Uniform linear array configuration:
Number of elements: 32
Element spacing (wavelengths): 0.5
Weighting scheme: uniform
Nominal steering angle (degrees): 60
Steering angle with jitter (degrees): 58.722
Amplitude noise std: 0.05
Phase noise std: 0.05

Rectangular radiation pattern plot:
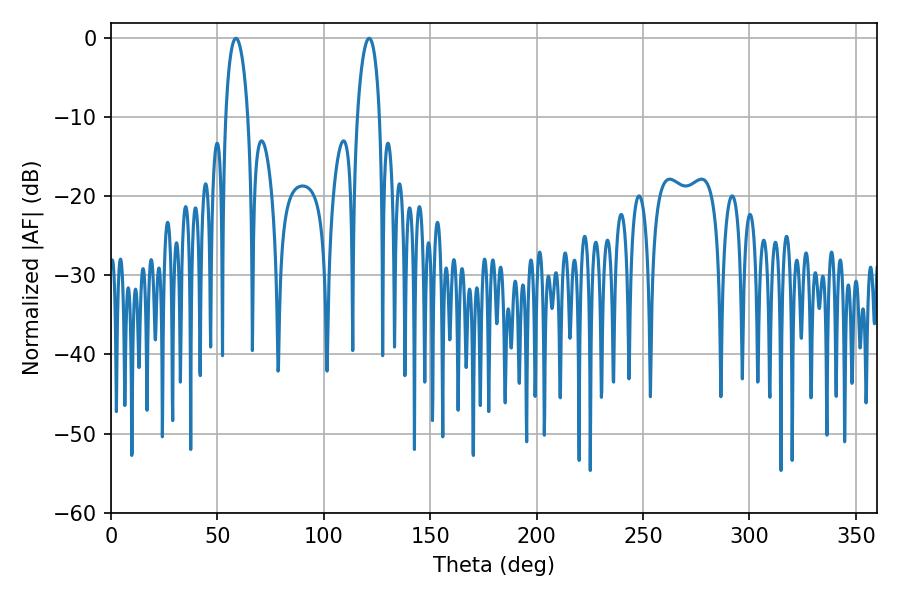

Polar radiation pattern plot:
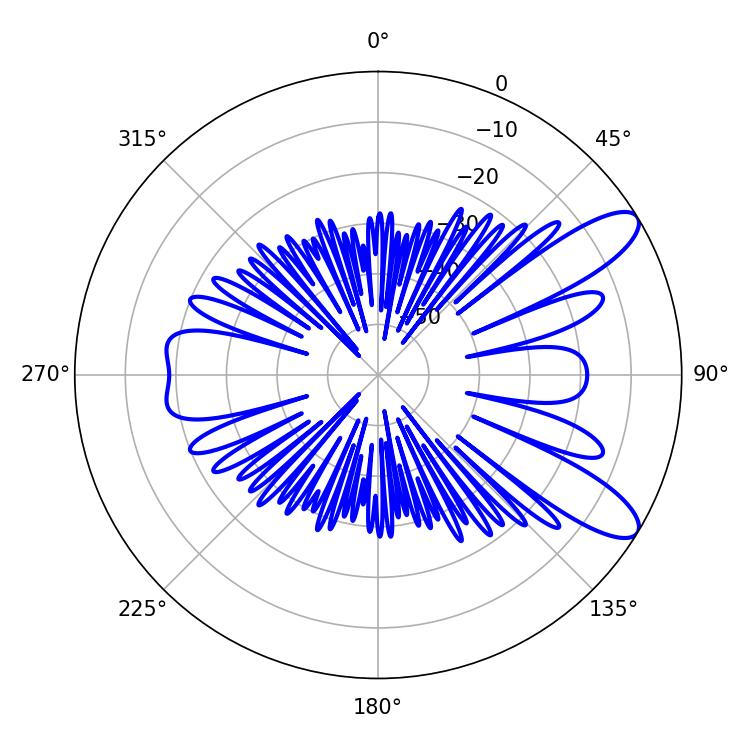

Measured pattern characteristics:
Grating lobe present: FALSE
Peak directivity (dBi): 10.093
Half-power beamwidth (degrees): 5.94
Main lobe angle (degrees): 58.68